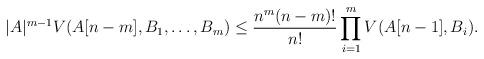
LaTeX: \begin{align*}|A|^{m-1}V(A[n-m],B_1,\dots, B_m)\le\frac{n^m(n-m)!}{n!}\prod_{i=1}^mV(A[n-1],B_i).\end{align*}